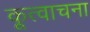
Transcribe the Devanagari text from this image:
कूत्वाचना